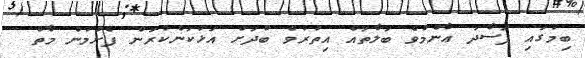
ބިމުގައި ފަސާދަ ޢާންމުވެ ބަލާތައް އިތުރުވެ ބުދަށް އަޅުކަންކުރަން ފެށުމުން މާތް